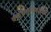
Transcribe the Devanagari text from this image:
बकचंचुविदारणः।